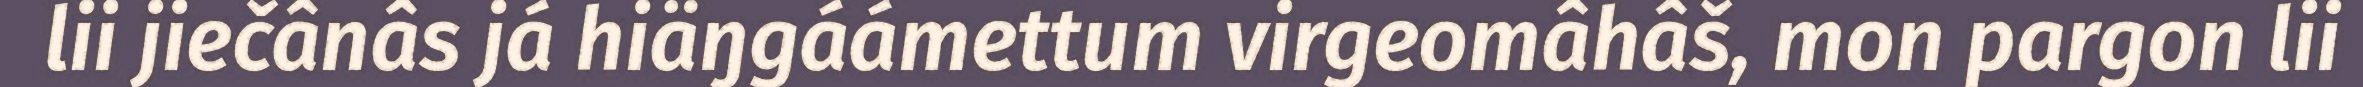
lii jiečânâs já hiäŋgáámettum virgeomâhâš, mon pargon lii